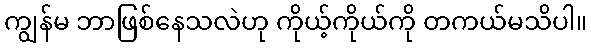
ကျွန်မ ဘာဖြစ်နေသလဲဟု ကိုယ့်ကိုယ်ကို တကယ်မသိပါ။